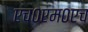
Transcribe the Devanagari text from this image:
एच०एम०एच